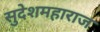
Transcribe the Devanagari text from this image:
सुदेशमहाराज